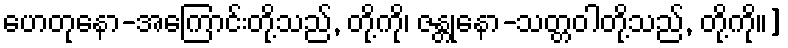
ဟေတုနော-အကြောင်းတို့သည်, တို့ကို၊ ဇန္တုနော-သတ္တဝါတို့သည်, တို့ကို။]